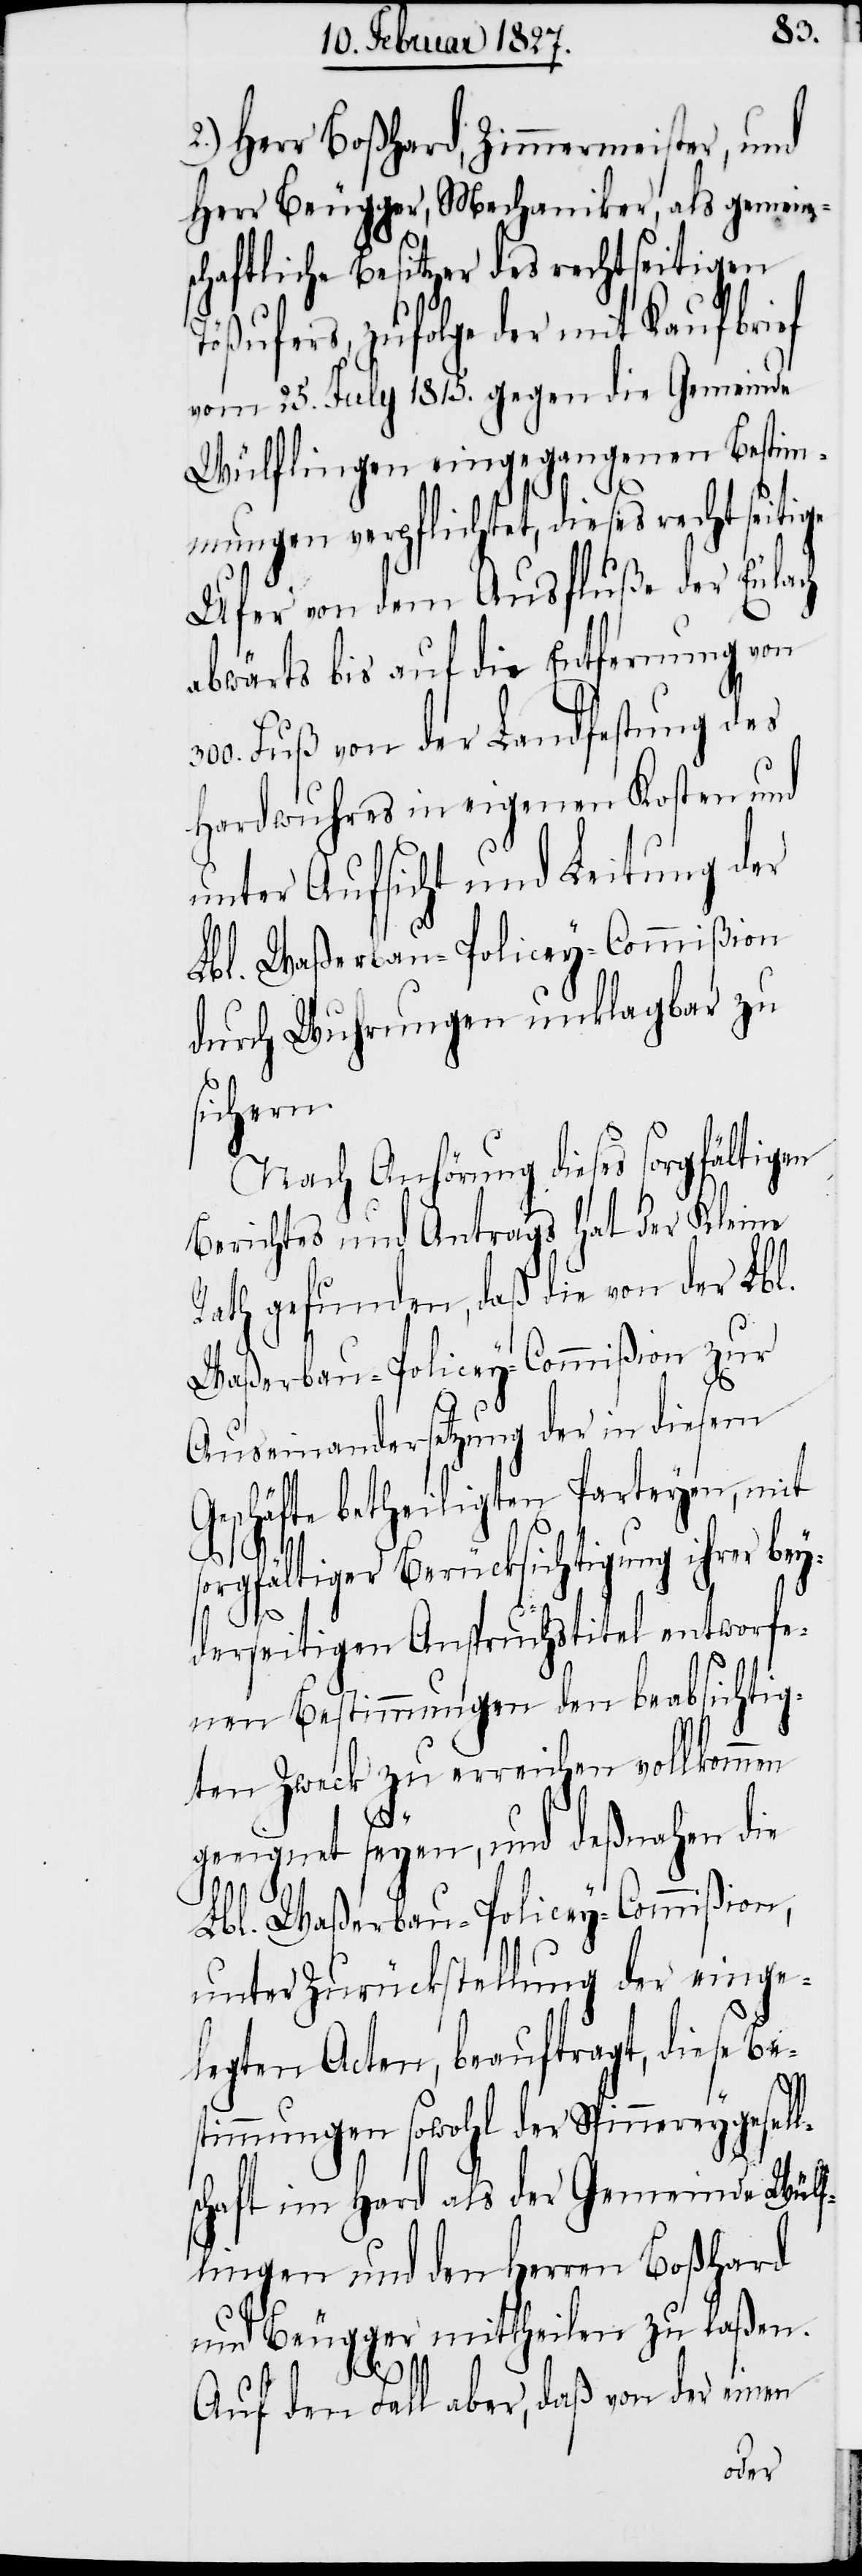
300.
2.) Herr Boßhard, Zimmermeister, und
Herr Beugger, Mechaniker, als gemein¬
schaftliche Besitzer des rechtseitigen
Tößufers, zufolge der mit Kaufbrief
vom 25. July 1815. gegen die Gemeinde
Wülflingen eingegangenen Bestim¬
mungen verpflichtet, dieses rechtseiti¬
Ufer von dem Ausfluße der Eulach
abwärts bis auf die Entfernung von
Fuß von der Landfestung des
Hardwuhres in eigenen Kosten und
unter Aufsicht und Leitung der
Lbl. Waßerbau-Policey-Commißion
durch Wuhrungen unklagbar zu
sichern.
Nach Anhörung dieses sorgfältigen
Berichtes und Antrags hat der Kleine
Rath gefunden, daß die von der Lbl.
Waßerbau-Policey-Commißion zur
Auseinandersetzung der in diesem
Geschäfte betheiligten Parteyen, mit
orgfältiger Berücksichtigung ihrer be¬
yderseitigen Anspruchstitel entworfe¬
nen Bestimmungen den beabsichtig¬
ten Zweck zu erreichen vollkommen
s¬
geeignet seyen, und deßnahen die
Lbl. Waßerbau-Policey-Commißion,
unter Zurückstellung der einge¬
legten Acten, beauftragt, diese Be¬
stimmungen sowohl der Spinnereygesell¬
schaft im Hard als der Gemeinde Wülf¬
lingen und den Herren Boßhard
und Beugger mittheilen zu laßen.
Auf den Fall aber, daß von der einen